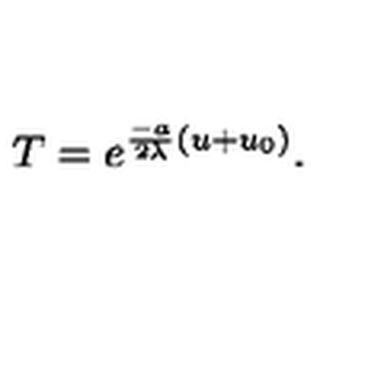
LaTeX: T = e ^ { \frac { - a } { 2 \lambda } ( u + u _ { 0 } ) } .